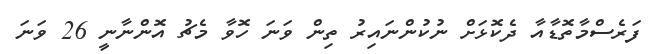
ފަރެސްމާތޮޑާއާ ދެކޮޅަށް ނުކުންނައިރު ތިން ވަނަ ހޮވާ މެޗު އޮންނާނީ 26 ވަނަ